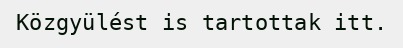
Közgyülést is tartottak itt.